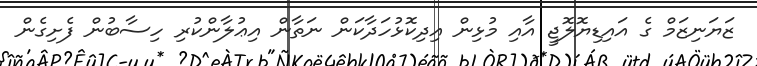
ޒަޔަނިޒަމް ގެ އައިޑިޔޮލޮޖީ އާއި މުޅިން އިދިކޮޅުހަދާކަން ނަތާން އިޢުލާންކުރި ހިސާބުން ފެށިގެން